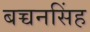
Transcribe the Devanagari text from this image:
बच्चनसिंह